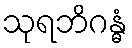
သုရဘိဂန္ဓံ